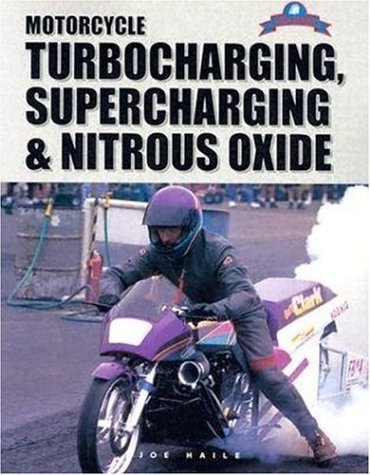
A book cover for Motorcycle Turbocharging, Supercharging, & Nitrous Oxide: A Complete Guide to Forced Induction and its use on Modern Motorcycle Engines; Joe Haile; Sports & Outdoors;